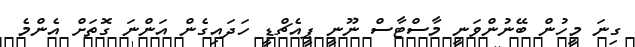
ގިނަ މީހުން ބޭނުންވަނީ މާސްޓާސް ނޫނީ ޕީއެޗްޑީ ހަދައިގެން އަންނަ ގޮތަށް އެންމެ